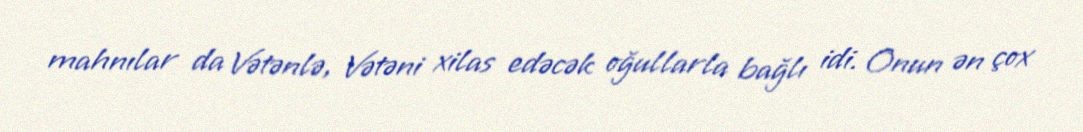
mahnılar da Vətənlə, Vətəni xilas edəcək oğullarla bağlı idi. Onun ən çox